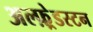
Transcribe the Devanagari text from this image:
अल्फ़्रेडस्टन